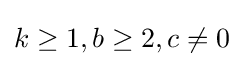
k\geq 1,b\geq 2,c\neq 0